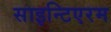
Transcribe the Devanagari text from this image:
साइन्टिएरम